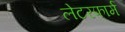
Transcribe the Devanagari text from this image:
लेटरफार्म